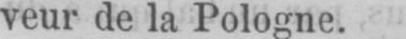
veur de la Pologne.